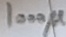
Text: 1000µ